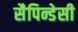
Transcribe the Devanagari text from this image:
सैपिन्डेसी